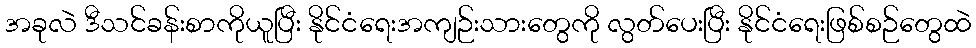
အခုလဲ ဒီသင်ခန်းစာကိုယူပြီး နိုင်ငံရေးအကျဉ်းသားတွေကို လွတ်ပေးပြီး နိုင်ငံရေးဖြစ်စဉ်တွေထဲ